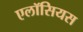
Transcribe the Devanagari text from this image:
एलॉसियस